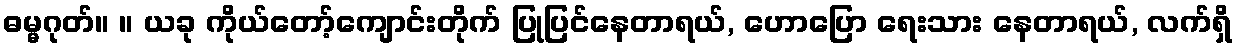
ဓမ္မဂုတ်။ ။ ယခု ကိုယ်တော့်ကျောင်းတိုက် ပြုပြင်နေတာရယ်, ဟောပြော ရေးသား နေတာရယ်, လက်ရှိ